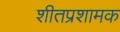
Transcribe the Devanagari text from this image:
शीतप्रशामक